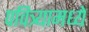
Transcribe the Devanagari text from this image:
पवित्र्यामध्ये